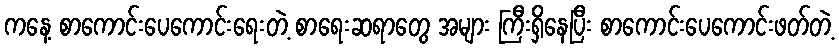
ကနေ့ စာကောင်းပေကောင်းရေးတဲ့ စာရေးဆရာတွေ အများ ကြီးရှိနေပြီး စာကောင်းပေကောင်းဖတ်တဲ့